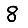
Digit: 8